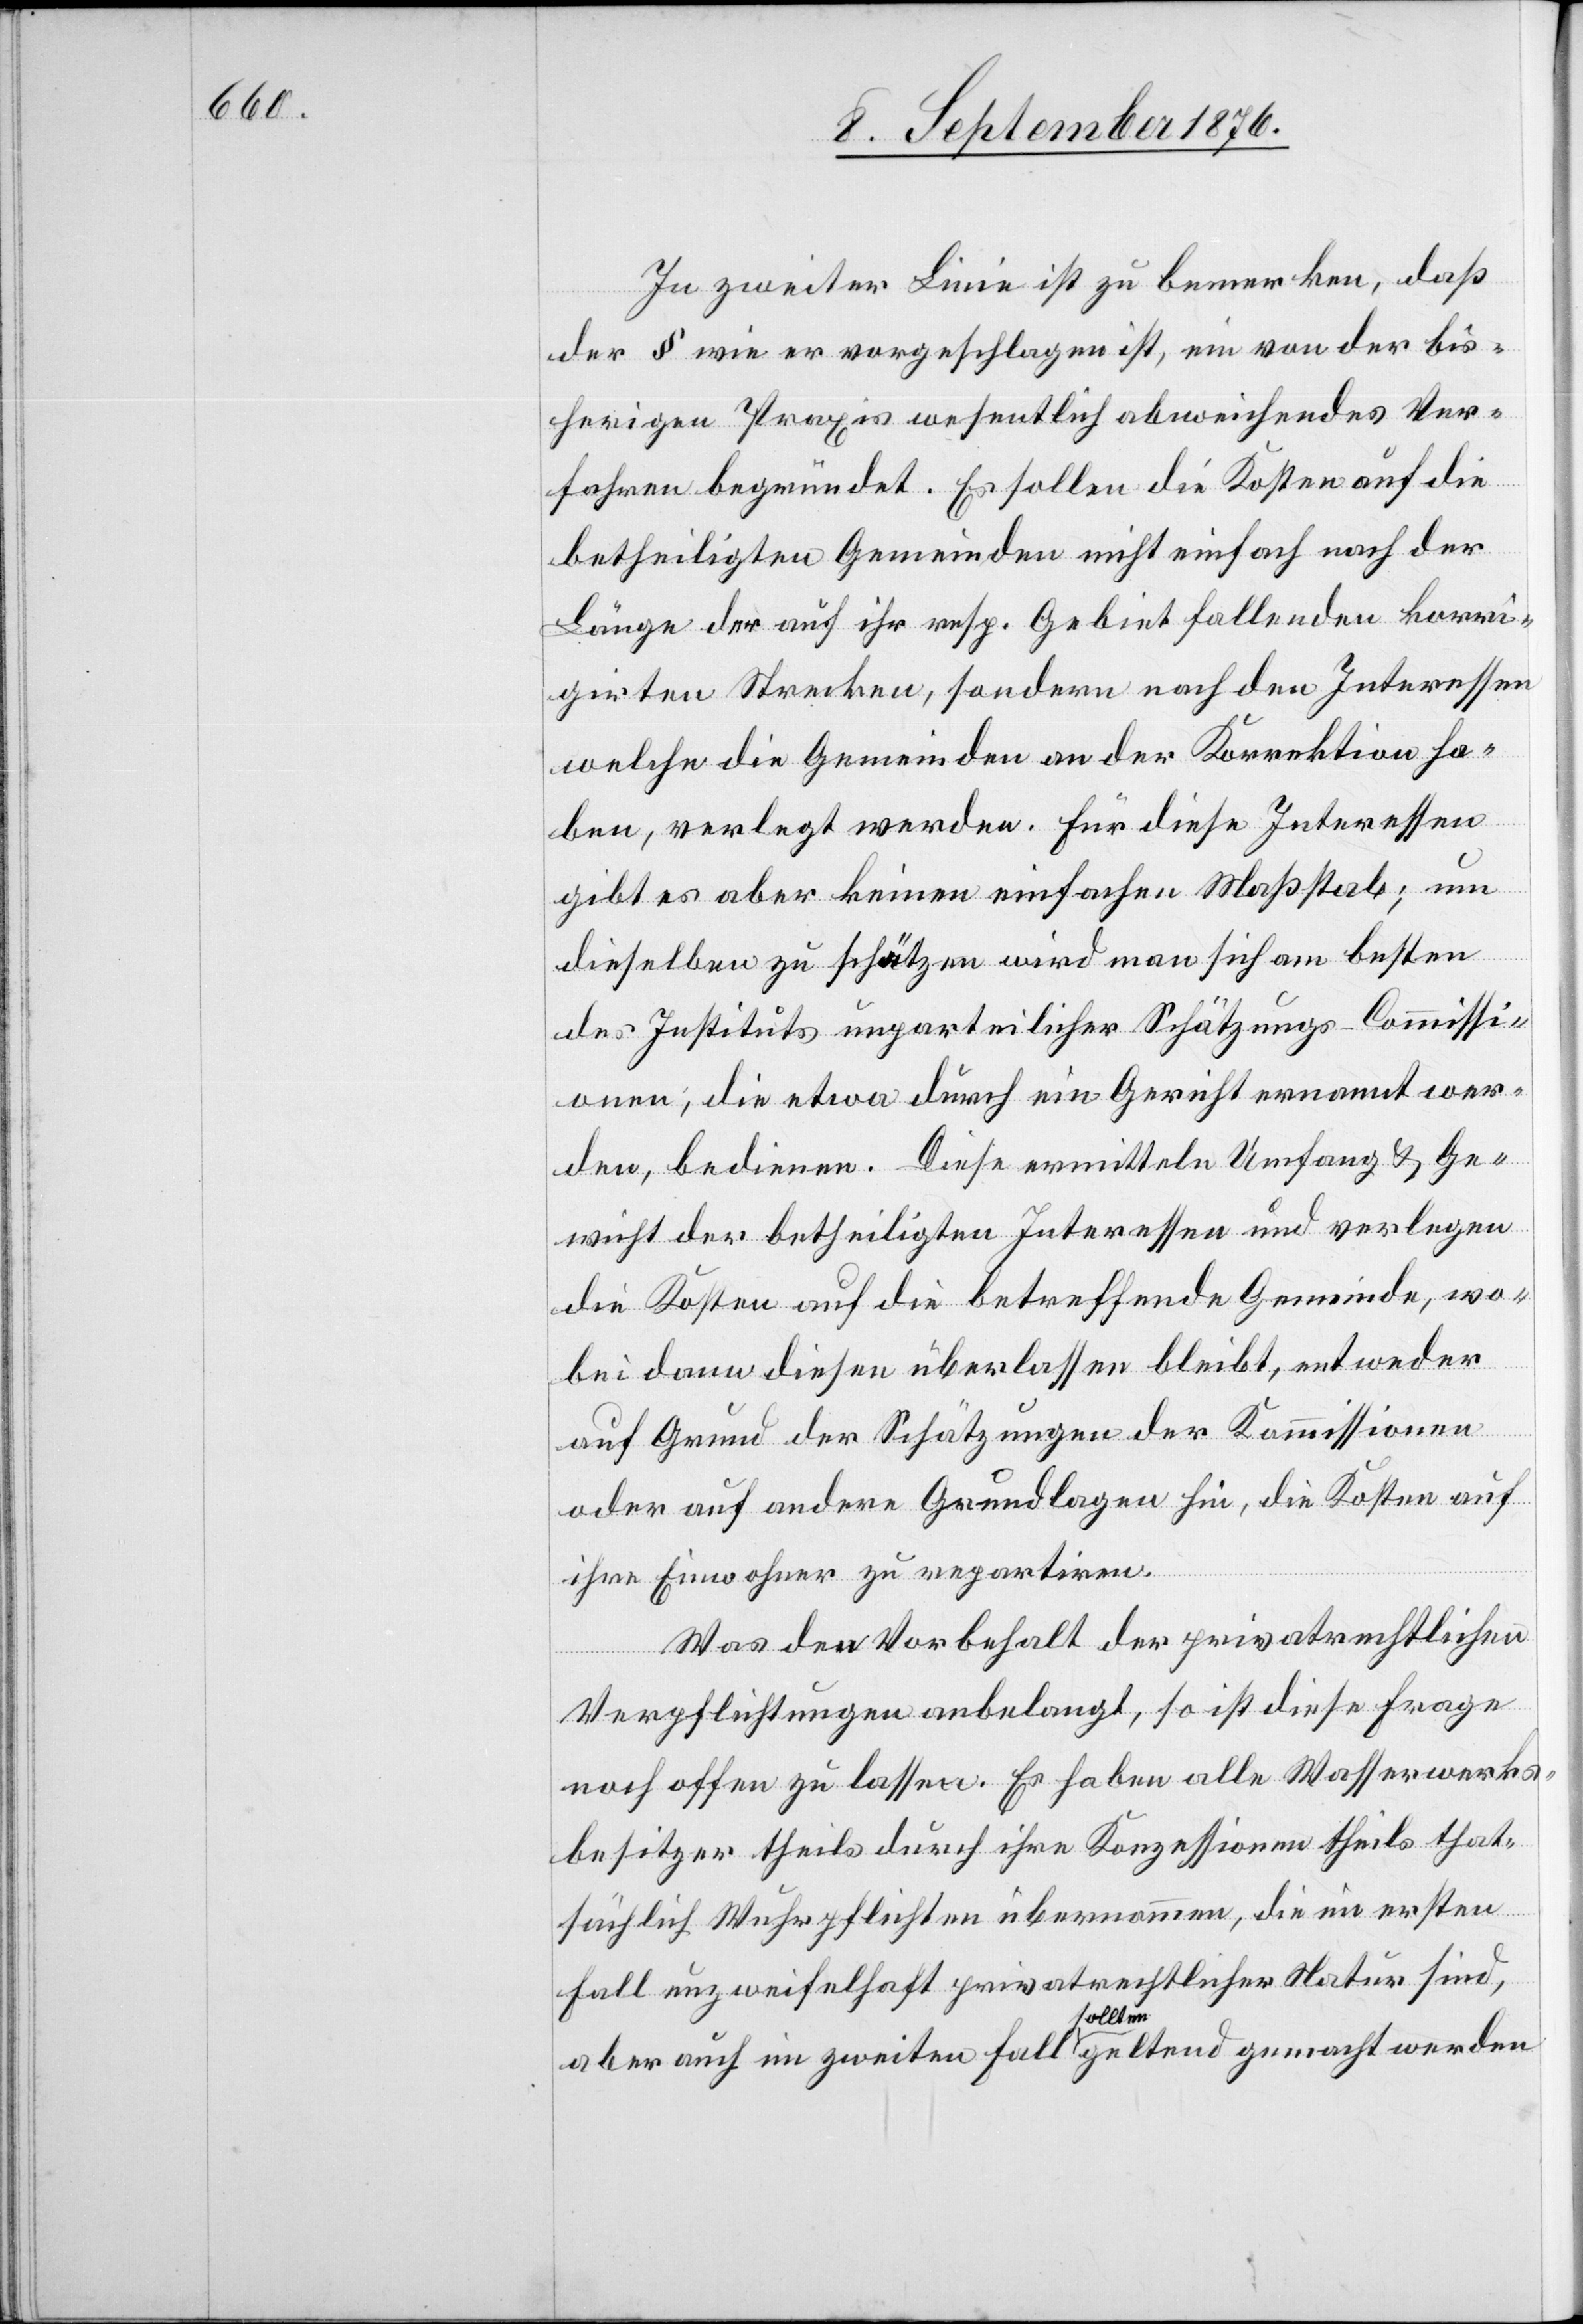
In zweiter Linie ist zu bemerkten, daß
der § wie er vorgeschlagen ist, ein von der bis¬
herigen Praxis wesentlich abweichendes Ver¬
fahren begründet. Es sollen die Kosten auf die
betheiligten Gemeinden nicht einfach nach der
Länge der auf ihr resp. Gebiet fallenden korri¬
girten Strecken [sic!], sondern nach den Interessen
welche die Gemeinden an der Korrektion ha¬
ben, verlegt werden. Für diese Interessen
gibt es aber keinen einfachen Maßstab; um
dieselben zu schätzen wird man sich am besten
des Instituts unparteilicher Schätzungs-Commissi¬
onen, die etwa durch ein Gericht ernannt wer¬
den, bedienen. Diese ermitteln Umfang & Ge¬
wicht der betheiligten Interessen und verlegen
die Kosten auf die betreffende Gemeinde, wo¬
bei dann diesen überlassenbleibt, entweder
auf Grund der Schätzungen der Kommissionen
oder auf andere Grundlagen hin, die Kosten auf
ihre Einwohner zu repartiren.
Was den Vorbehalt der privatrechtlichen
Verpflichtungen anbelangt, so ist diese Frage
noch offen zu lassen. Es haben alle Wasserwerks¬
besitzer theils durch ihre Konzessionen theils that¬
sächlich Wuhrpflichten übernommen, die im ersten
Fall unzweifelhaft privatrechtlicher Natur sind,
aber auch im zweiten Fall a sollten a geltend gemacht werden